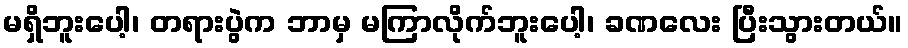
မရှိဘူးပေါ့၊ တရားပွဲက ဘာမှ မကြာလိုက်ဘူးပေါ့၊ ခဏလေး ပြီးသွားတယ်။